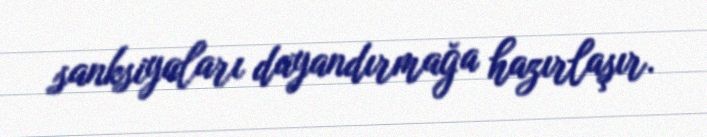
sanksiyaları dayandırmağa hazırlaşır.